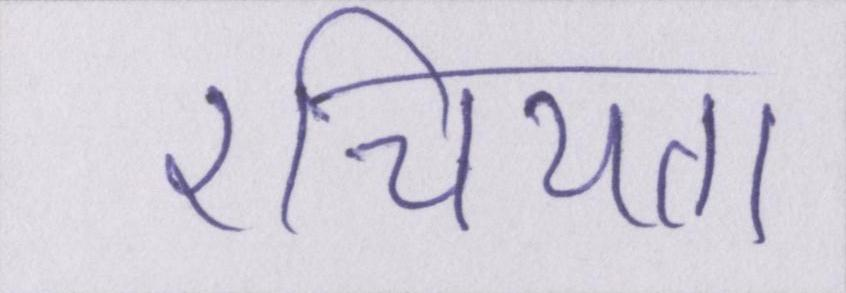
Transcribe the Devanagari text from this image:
रचियता